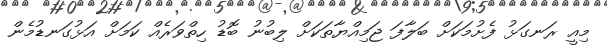
މިއީ ރަނގަޅު ފެށުމަކަށް ބަލާފަ ޖަމިއްޔާތަކަށް ލިބުނު ބޮޑު ހިތްވަރެއް ކަމަށް އަޅުގަނޑުމެން